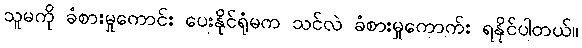
သူမကို ခံစားမှုကောင်း ပေးနိုင်ရုံမက သင်လဲ ခံစားမှုကောက်း ရနိုင်ပါတယ်။